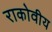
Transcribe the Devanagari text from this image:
राकोवीय